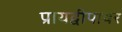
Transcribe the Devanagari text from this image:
प्रायद्वीपावर